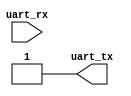
//rs232.v

module rs232(
uart_tx,
uart_rx
);
output uart_tx;
input  uart_rx;
//------------------------------------

reg uart_tx;


task send_utx;
input [7:0] tx_data;
reg xor_tx;
begin
				xor_tx <= ^tx_data;
				uart_tx <= 1'b1;		//idle
#86.8		uart_tx <= 1'b0;		//start
#86.8		uart_tx <= tx_data[0];		//bit0
#86.8		uart_tx <= tx_data[1];		//bit1
#86.8		uart_tx <= tx_data[2];		//bit2
#86.8		uart_tx <= tx_data[3];		//bit3
#86.8		uart_tx <= tx_data[4];		//bit4
#86.8		uart_tx <= tx_data[5];		//bit5
#86.8		uart_tx <= tx_data[6];		//bit6
#86.8		uart_tx <= tx_data[7];		//bit7
#86.8		uart_tx <= 1'b1;	//xor_tx;		// no bit xor
#86.8		uart_tx <= 1'b1;		//stop
#86.8		uart_tx <= 1'b1;		//idle
end
endtask



initial begin
				uart_tx <= 1'b1;
//iic devid = 0x42
#700		send_utx(8'h82);
#200		send_utx(8'h00);
#200		send_utx(8'h02);
#200		send_utx(8'h42);
//iic addr = 0x30
#500		send_utx(8'h82);
#200		send_utx(8'h00);
#200		send_utx(8'h03);
#200		send_utx(8'h20);
//iic wdata = 0x55
#500		send_utx(8'h82);
#200		send_utx(8'h00);
#200		send_utx(8'h04);
#200		send_utx(8'h55);
//iic action write
#500		send_utx(8'h82);
#200		send_utx(8'h00);
#200		send_utx(8'h06);
#200		send_utx(8'h03);
end



endmodule


/*
//backup for rs232 core op
initial begin
				uart_tx <= 1'b1;
#700		send_utx(8'h02);
#200		send_utx(8'h00);
#200		send_utx(8'h85);
#200		send_utx(8'h00);

end

*/